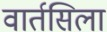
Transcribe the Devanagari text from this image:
वार्तसिला